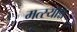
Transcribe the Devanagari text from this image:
मत्स्यान्न